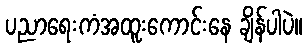
ပညာရေးကံအထူးကောင်းနေ ချိန်ပါပဲ။